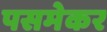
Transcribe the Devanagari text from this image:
पसमेकर